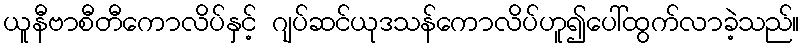
ယူနီဗာစီတီကောလိပ်နှင့် ဂျပ်ဆင်ယုဒသန်ကောလိပ်ဟူ၍ပေါ်ထွက်လာခဲ့သည်။